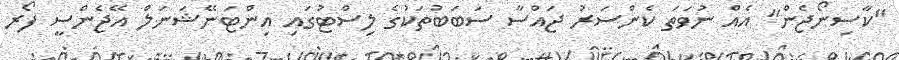
"ކާސިނޯޖެން" އެއް ނުވަތަ ކެންސަރު ޖައްސާ ސަބަބުތަކުގެ ލިސްޓުގައި އިންޓަނޭޝަނަލް އޭޖެންސީ ފޯރ